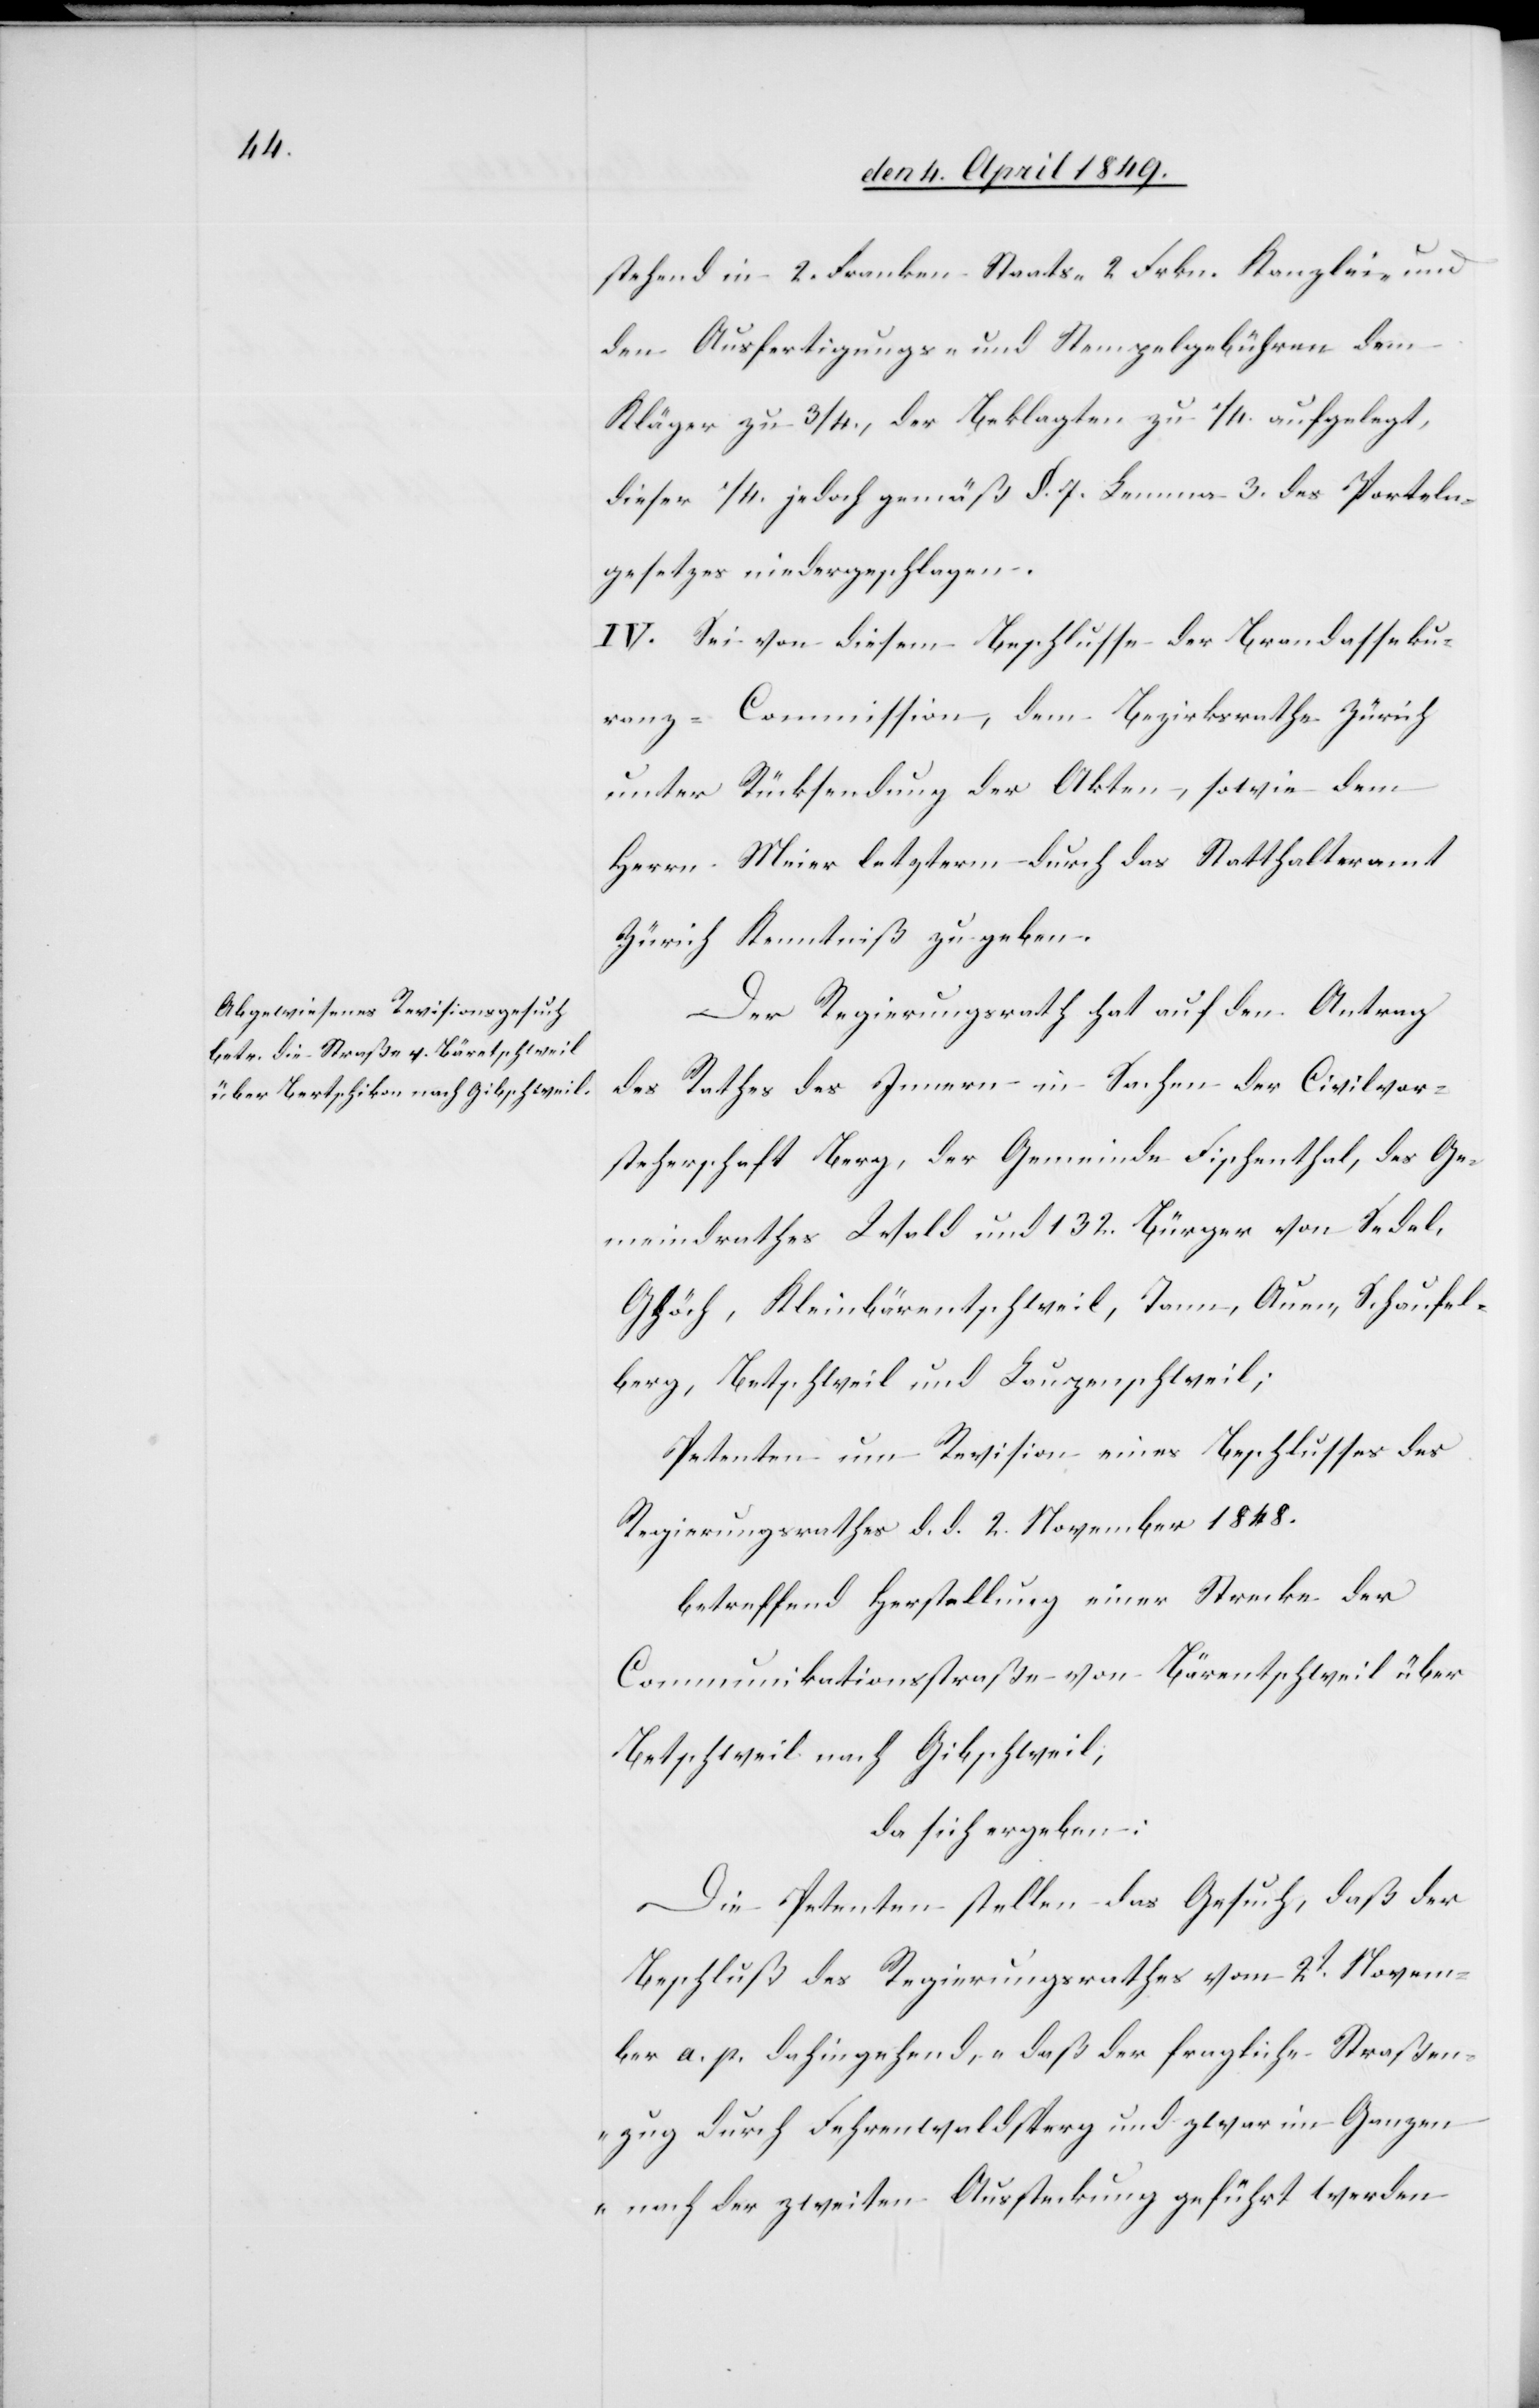
stehend in 2. Franken Staats-[,] 2. Frkn. Kanzlei- und
den Ausfertigungs- und Stempelgebühren dem
Kläger zu 3/4., der Beklagten zu 1/4. aufgelegt,
dieser 1/4. jedoch gemäß §. 7. Lemma 3. des Sporteln¬
gesetzes niedergeschlagen.
IV. Sei von diesem Beschlusse der Brandasseku¬
ranz-Commission, dem Bezirksrathe Zürich
unter Rücksendung der Akten, sowie dem
Herrn Meier letzterm durch das Statthalteramt
Zürich Kenntniß zu geben.
Der Regierungsrath hat auf den Antrag
des Rathes des Innern in Sachen der Civilvor¬
steherschaft Berg, der Gemeinde Fischenthal, des Ge¬
meindrathes Wald und 132. Bürger von Sedel,
Ghöch, Kleinbärentschweil, Tann, Auen, Schaufel¬
berg, Betschweil und Laupenschweil;
Petenten um Revision eines Beschlusses des
Regierungsrathes d. d. 2. November 1848.
betreffend Herstellung einer Strecke der
Communikationsstraße von Bärentschweil über
Betschweil nach Gibschweil,
da sich ergeben:
Die Petenten stellen das Gesuch, daß der
Beschluß des Regierungsrathes vom 2t Novem¬
ber a. p. dahingehend, „daß der fragliche Straßen¬
zug durch Fehrenwaldsperg und zwar im Ganzen
nach der zweiten Aussteckung geführt werden